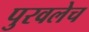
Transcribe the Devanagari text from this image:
पुरवलेच